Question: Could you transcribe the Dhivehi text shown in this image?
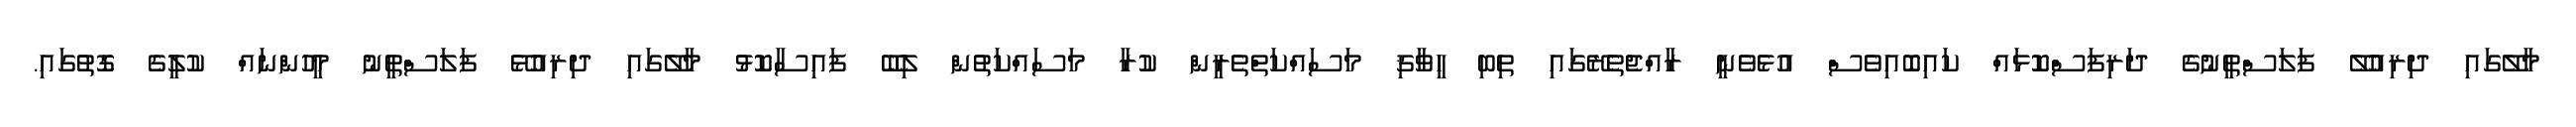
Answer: މާލޭގައި ދިރިއުލޭ ފަލަސްތީނުގެ ދަރިފަސްކޮޅައް ކައިބޮއިވެސް އުޅެވެނީ ރާއްޖެތެރޭގައި ތިބި ހީވާޤި މަސައްކަތްތެރީން ކުރާ މަސައްކަތުން ލިބޭ ފައިސާކޮޅު މާލޭގައި ދިރިއުޅޭ ފަލަސްތީނު މީހުންނައް ކުލީގެ ގޮތުގައި.